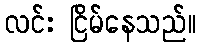
လင်း ငြိမ်နေသည်။